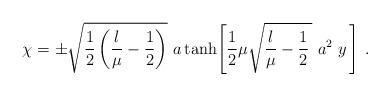
\begin{align*}\chi=\pm\sqrt{\frac{1}{2}\left(\frac{\l}{\mu}-\frac{1}{2}\right)}\,\,a\tanh\Biggl[\frac{1}{2}\mu\sqrt{\frac{\l}{\mu}-\frac{1}{2}\,}\,\,a^2\,\,y\,\Biggr]~.\end{align*}